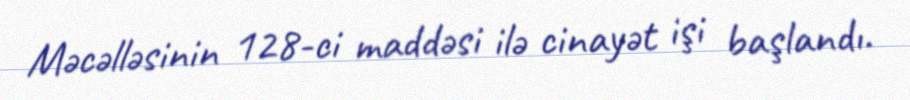
Məcəlləsinin 128-ci maddəsi ilə cinayət işi başlandı.